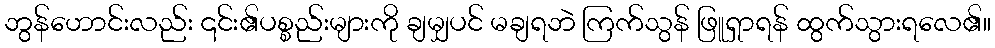
ဘွန်ဟောင်းလည်း ၎င်း၏ပစ္စည်းများကို ချမျှပင် မချရဘဲ ကြက်သွန် ဖြူရှာရန် ထွက်သွားရလေ၏။